Etiology and epidemiology of plague
Disease focus: Plague
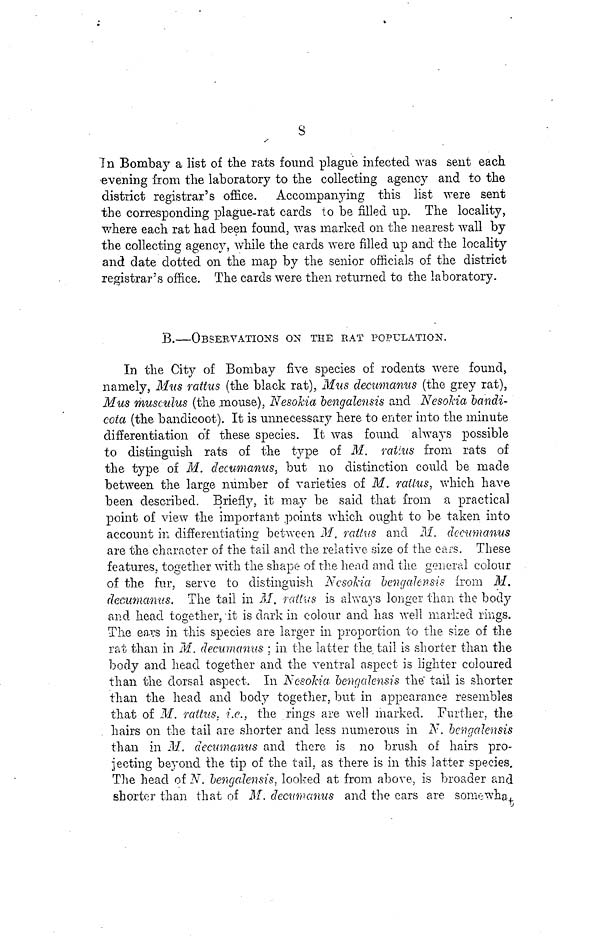
8
In Bombay a list of the rats found plague infected was sent each
evening from the laboratory to the collecting agency and to the
district registrar's office. Accompanying this list were sent
the corresponding plague-rat cards to be filled up. The locality,
where each rat had been found, was marked on the nearest wall by
the collecting agency, while the cards were filled up and the locality
and date dotted on the map by the senior officials of the district
registrar's office. The cards were then returned to the laboratory.
B.—OBSERVATIONS ON THE RAT POPULATION.
In the City of Bombay five species of rodents were found,
namely, Mus rattus (the black rat), Mus decumanus (the grey rat),
Mus musculus (the mouse), Nesokia bengalensis and Nesokia bandi-
cota (the bandicoot). It is unnecessary here to enter into the minute
differentiation of these species. It was found always possible
to distinguish rats of the type of M. ratius from rats of
the type of M. decumanus, but no distinction could be made
between the large number of varieties of M. rattus, which have
been described. Briefly, it may be said that from a practical
point of view the important points which ought to be taken into
account in differentiating between M. rattus and M. decumanus
are the character of the tail and the relative size of the ears. These
features, together with the shape of the head and the general colour
of the fur, serve to distinguish Nesokia bengalevsis from M.
decumanus. The tail in M. rattus is always longer than the body
and head together, it is dark in colour and has well marked rings.
The ears in this species are larger in proportion to the size of the
rat than in M. decumanus; in the latter the tail is shorter than the
body and head together and the ventral aspect is lighter coloured
than the dorsal aspect. In Nesokia bengalensis the tail is shorter
than the head and body together, but in appearance resembles
that of M. rattus, i.e., the rings are well marked. Further, the
hairs on the tail are shorter and less numerous in N. bengalensis
than in M. decumanus and there is no brush of hairs pro-
jecting beyond the tip of the tail, as there is in this latter species.
The head of 2V. bengalensis, looked at from above, is broader and
shorter than that of M. decumanus and the cars are somewhat